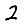
Digit: 2